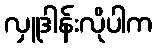
လှူဒါန်းလိုပါက